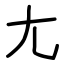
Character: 尢